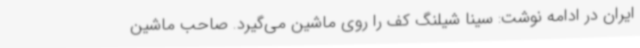
ایران در ادامه نوشت: سینا شیلنگ کف را روی ماشین می‌گیرد. صاحب ماشین